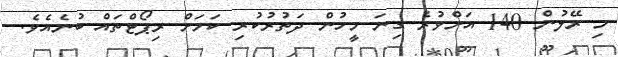
މި ރޭލުން 140 އަށްވުރެ ގިނަ މީހުން ދަތުރުކުރި ކަމަށް ރިޕޯޓްތައް ބުނެއެވެ.